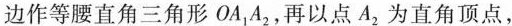
边作等腰直角三角形OA_{1}A_{2}，再以点A_{2}为直角顶点，